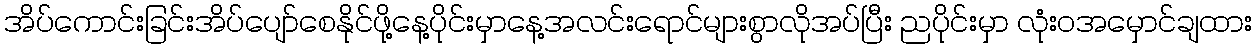
အိပ်ကောင်းခြင်းအိပ်ပျော်စေနိုင်ဖို့နေ့ပိုင်းမှာနေ့အလင်းရောင်များစွာလိုအပ်ပြီး ညပိုင်းမှာ လုံးဝအမှောင်ချထား